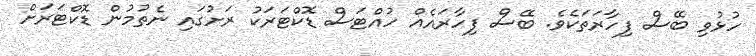
ހުޅުވި ބޭސް ފިހާރަތަކެވެ. ބޭސް ފިހާރައެއް ހުއްޓަސް ޑޮކްޓަރަކު ރަށުގައި ނެތުމުން ޑޮކްޓަރަށް